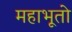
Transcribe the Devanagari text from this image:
महाभूतो